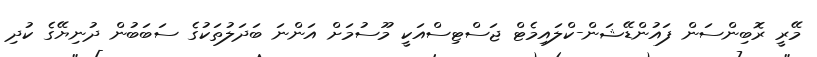
މޭރީ ރޮބިންސަން ފައުންޑޭޝަން-ކްލައިމެޓް ޖަސްޓިސްއަކީ މޫސުމަށް އަންނަ ބަދަލުތަކުގެ ސަބަބުން ދުނިޔޭގެ ކުދި